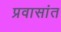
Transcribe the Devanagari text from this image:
प्रवासांत